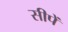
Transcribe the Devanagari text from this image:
सीपें